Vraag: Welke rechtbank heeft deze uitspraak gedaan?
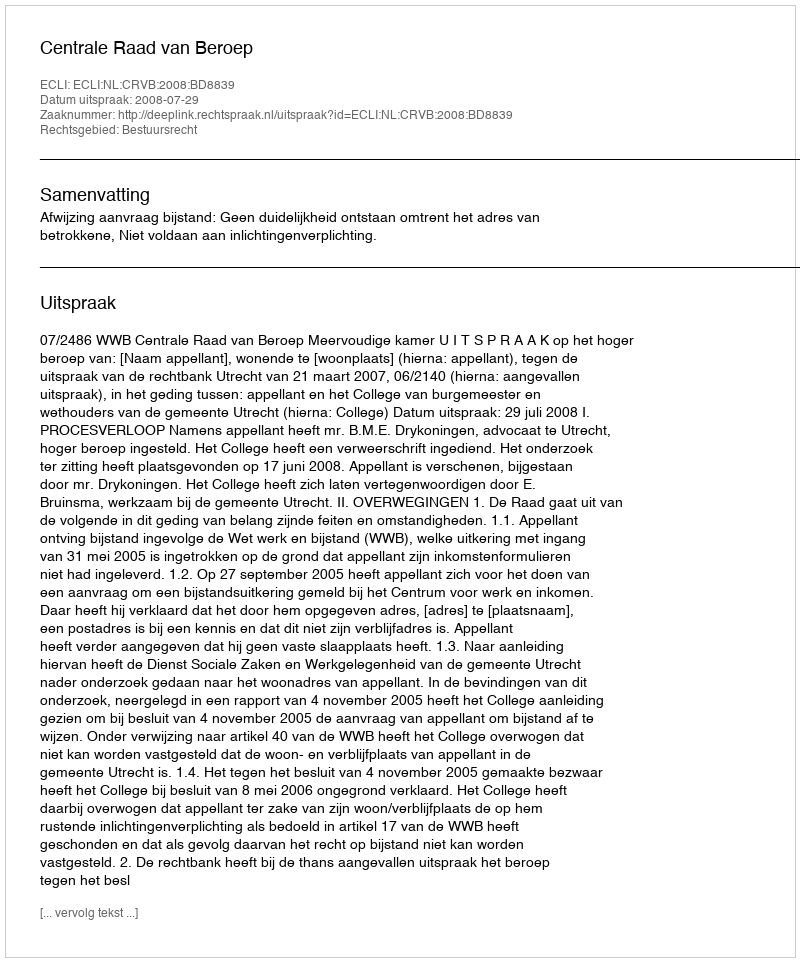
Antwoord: Centrale Raad van Beroep